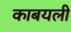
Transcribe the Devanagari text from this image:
काबयली